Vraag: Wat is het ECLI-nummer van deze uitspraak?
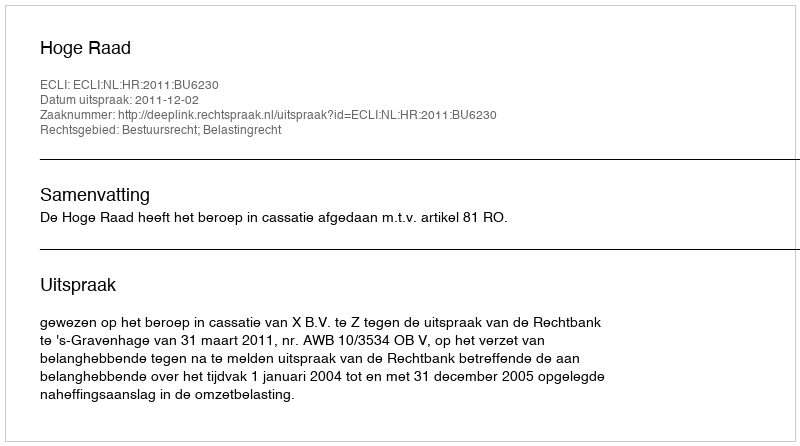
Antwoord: ECLI:NL:HR:2011:BU6230